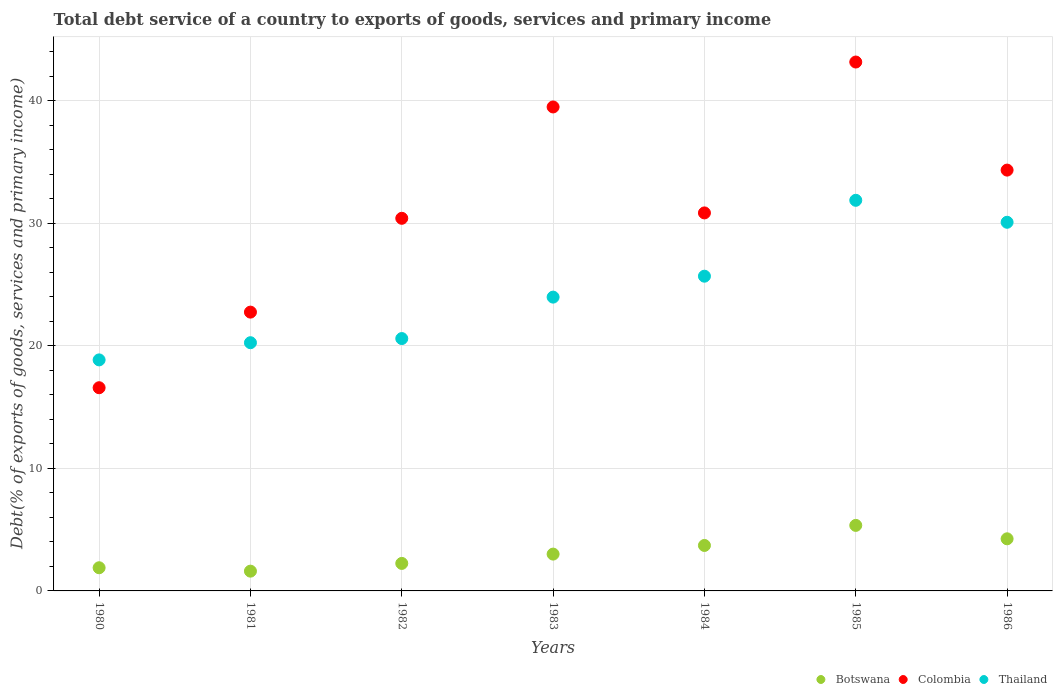
| Years | Botswana | Colombia | Thailand |
 | --- | --- | --- | --- |
 | 1980 | 1.89 | 16.6 | 18.9 |
 | 1981 | 1.61 | 22.8 | 20.3 |
 | 1982 | 2.25 | 30.4 | 20.6 |
 | 1983 | 3.01 | 39.5 | 24 |
 | 1984 | 3.71 | 30.9 | 25.7 |
 | 1985 | 5.35 | 43.2 | 31.9 |
 | 1986 | 4.25 | 34.4 | 30.1 |